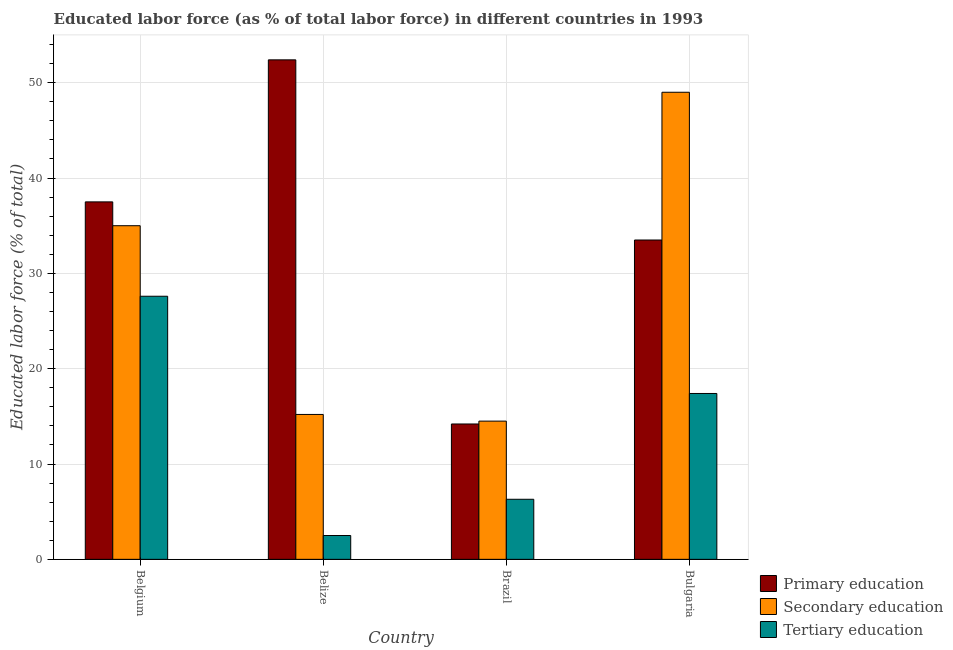
| Country | Primary education | Secondary education | Tertiary education |
 | --- | --- | --- | --- |
 | Belgium | 37.5 | 35 | 27.6 |
 | Belize | 52.4 | 15.2 | 2.5 |
 | Brazil | 14.2 | 14.5 | 6.3 |
 | Bulgaria | 33.5 | 49 | 17.4 |